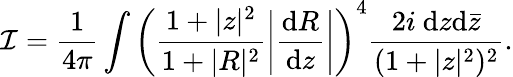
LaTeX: {\cal I}=\frac{1}{4\pi}\int\left(\frac{1+|z|^{2}}{1+|R|^{2}}\left|\frac{\mathrm{d}R}{\mathrm{d}z}\right|\right)^{4}\frac{2i~\mathrm{d}z\mathrm{d}{\bar{z}}}{(1+|z|^{2})^{2}}.